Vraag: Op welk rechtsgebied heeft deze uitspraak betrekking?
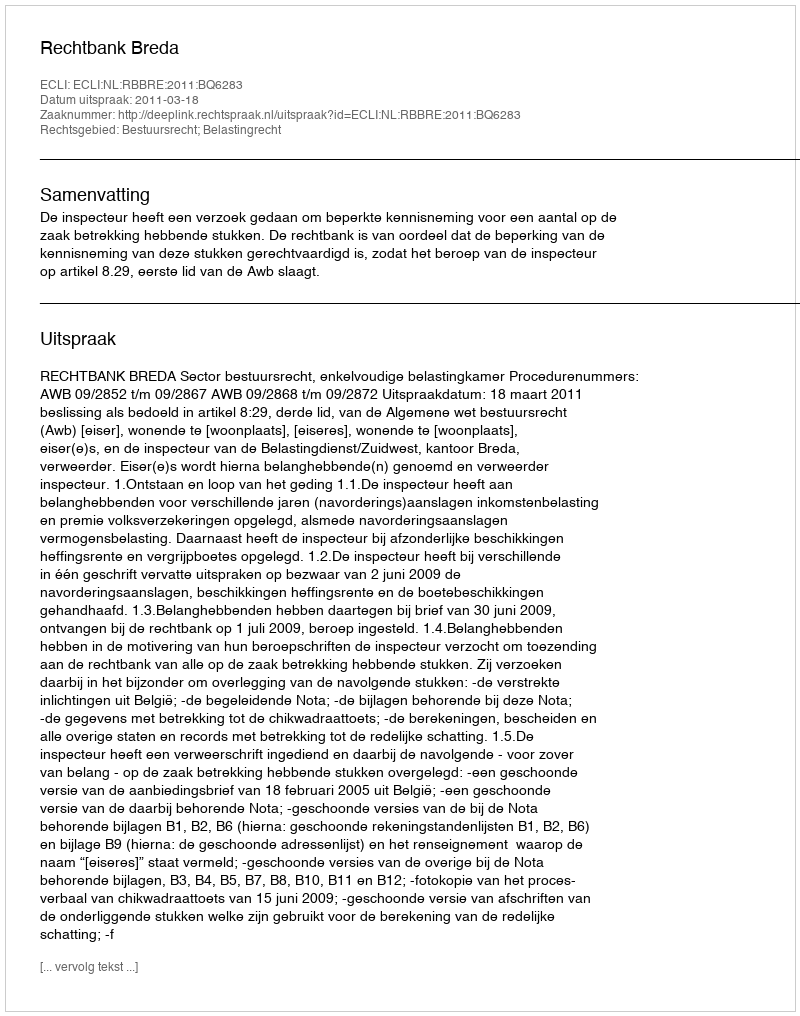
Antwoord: Bestuursrecht; Belastingrecht